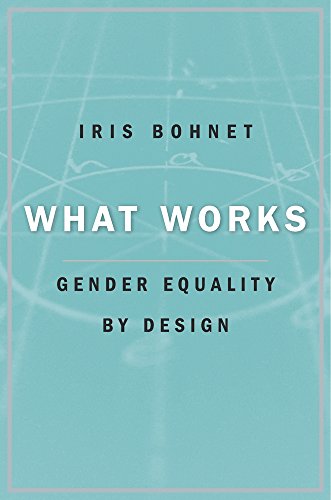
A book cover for What Works: Gender Equality by Design; Iris Bohnet; Medical Books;